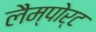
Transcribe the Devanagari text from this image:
लैम्पोर्ट